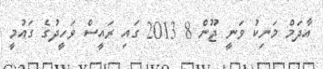
އާދަމް މަނިކު ވަނީ ޖޫން 8 2013 ގައި ރައީސް ވަހީދުގެ ގައުމީ